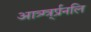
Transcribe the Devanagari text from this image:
आत्र्ग्त्र्र्प्रनलि